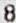
8